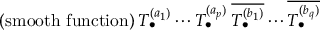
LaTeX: { \mathrm { ( s m o o t h ~ f u n c t i o n ) } } \: T _ { \bullet } ^ { ( a _ { 1 } ) } \cdots T _ { \bullet } ^ { ( a _ { p } ) } \: \overline { { { T _ { \bullet } ^ { ( b _ { 1 } ) } } } } \cdots \overline { { { T _ { \bullet } ^ { ( b _ { q } ) } } } }